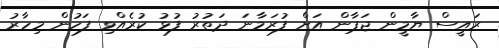
ރައީސް ޔާމީން ޖަޕާން އަށް ފުރަމާނަ ދަތުރު ފުޅު ކުރެއްވި ފަހުން މިހާރު